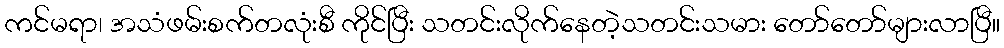
ကင်မရာ၊ အသံဖမ်းစက်တလုံးစီ ကိုင်ပြီး သတင်းလိုက်နေတဲ့သတင်းသမား တော်တော်များလာပြီ။